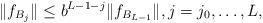
LaTeX: \begin{align*} \|f_{B_j}\| \le b^{L-1-j}\|f_{B_{L-1}}\|, j=j_0,\dots,L, \end{align*}